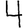
Digit: 4